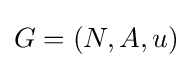
G=(N,A,u)